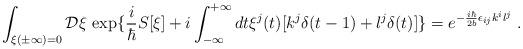
LaTeX: \begin{align*}\int_{\xi (\pm \infty)=0} {\mathcal D}\xi \, \exp\{\frac{i}{\hbar}S[\xi] + i \int_{-\infty}^{+\infty} dt \xi^j(t) [k^j \delta(t-1)+l^j \delta(t)]\}= e^{-\frac{i \hbar}{2 b}\epsilon_{ij} k^i l^j }\;.\end{align*}